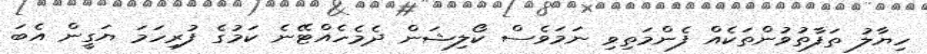
ހިޔާލު ތަފާތުވުންތަކެއް ފެންމަތިވި ނަމަވެސް ކޯލިޝަން ދެމެހެއްޓޭނެ ކަމުގެ ފުރިހަމަ ޔަގީން އެބަ